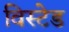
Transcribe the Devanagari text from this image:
विस्टेड